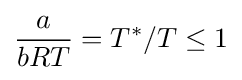
{a \over bRT}=T^{*}/T\leq 1